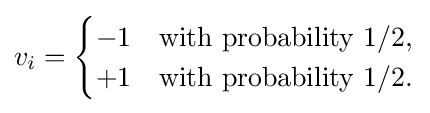
v_{i}={\begin{cases}-1&{\text{with probability }}1/2,\\+1&{\text{with probability }}1/2.\end{cases}}